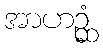
အာဟဉ္ဆံ